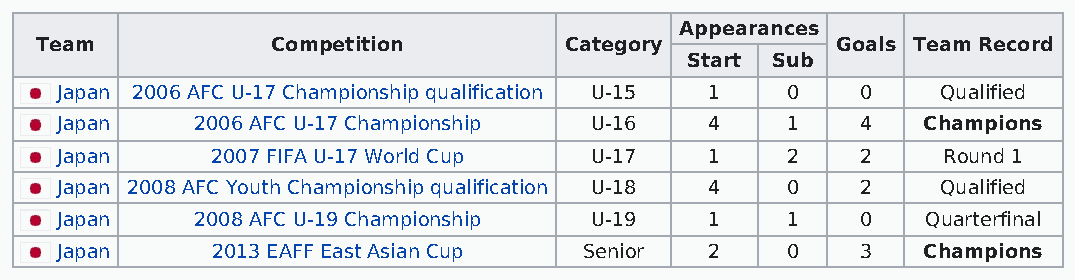
Appearances
 Team            Competition        Category          Goals Team Record
 Start Sub
 Japan 2006 AFC U-17 Championship qualification U-15 1 0 0 Qualified
 Japan    2006 AFC U-17 Championship U-16   4    1    4   Champions
 Japan     2007 FIFA U-17 World Cup U-17    1    2    2    Round 1
 Japan 2008 AFC Youth Championship qualification U-18 4 0 2 Qualified
 Japan    2008 AFC U-19 Championship U-19   1    1    0   Quarterfinal
 Japan     2013 EAFF East Asian Cup Senior  2    0    3   Champions